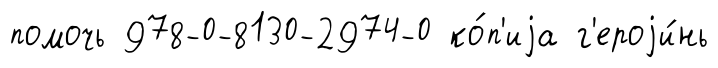
помочь 978-0-8130-2974-0 ко́п'иjа г'ероjи́нь